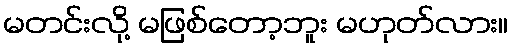
မတင်းလို့ မဖြစ်တော့ဘူး မဟုတ်လား။